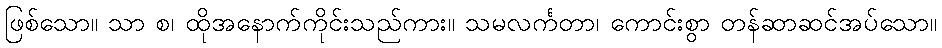
ဖြစ်သော။ သာ စ၊ ထိုအနောက်ကိုင်းသည်ကား။ သမလင်္ကတာ၊ ကောင်းစွာ တန်ဆာဆင်အပ်သော။